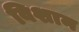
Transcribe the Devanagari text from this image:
विशान